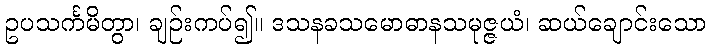
ဥပသင်္ကမိတွာ၊ ချဉ်းကပ်၍။ ဒသနခသမောဓာနသမုဇ္ဇယံ၊ ဆယ်ချောင်းသော